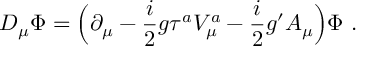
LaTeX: D _ { \mu } \Phi = \Bigl ( \partial _ { \mu } - \frac { i } { 2 } g \tau ^ { a } V _ { \mu } ^ { a } - \frac { i } { 2 } g ^ { \prime } A _ { \mu } \Bigr ) \Phi \ .